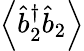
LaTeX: \left\langle\hat{b}_{2}^{\dagger}\hat{b}_{2}\right\rangle